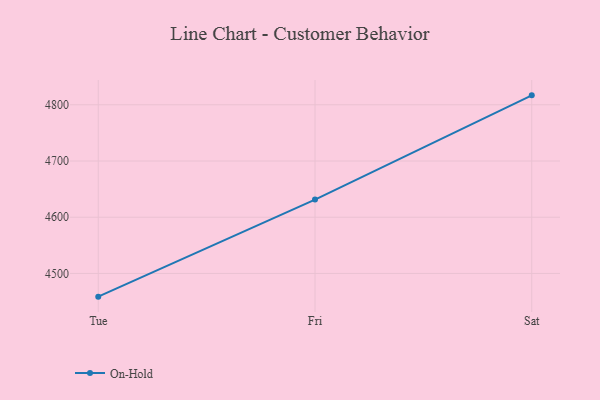
{"axis": {"x": "Day", "y": "Inventory Turnover"}, "legend": ["On-Hold"], "data": [{"x": "Tue", "y": 4458.7, "type": "On-Hold"}, {"x": "Fri", "y": 4631.4, "type": "On-Hold"}, {"x": "Sat", "y": 4816.8, "type": "On-Hold"}]}